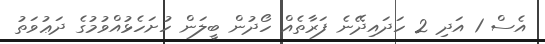
އެސް 1 އަދި 2 ހަދައިދޭނެ ފަރާތެއް ހޯދުން ބީލަން ހުށަހެޅުއްވުމުގެ ދަޢުވަތު